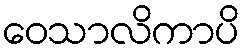
ဝေသာလိကာပိ